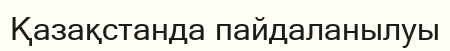
Қазақстанда пайдаланылуы